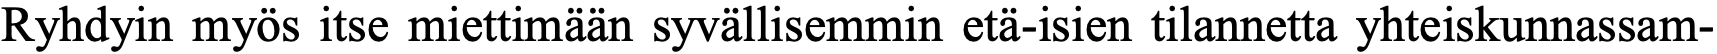
Ryhdyin myös itse miettimään syvällisemmin etä-isien tilannetta yhteiskunnassam-